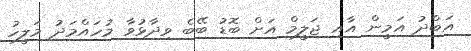
އަބްދު އަމީން އާއި ޖަލީމް އަށް ބޮޑު ބޭބެ ވިދާޅުވާ މުހައްމަދު މަލީހު